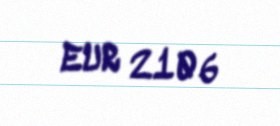
EUR 2106